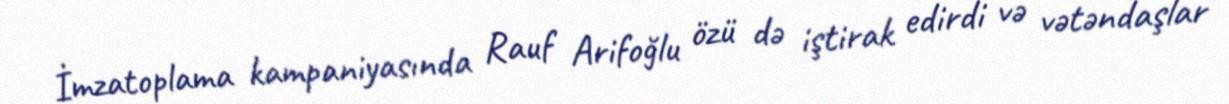
İmzatoplama kampaniyasında Rauf Arifoğlu özü də iştirak edirdi və vətəndaşlar